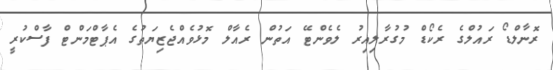
ރޮނާލްޑޯ ރައުލްގެ ރެކޯޑް މުގުރާލިއިރު ލެވެންޓޭ އަތުން ރެއާލް މޮޅުވެއްޖެޒިޔަތުގެ އެޕާޓްމަންޓް ފާސްކުރީ